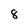
Character: 8